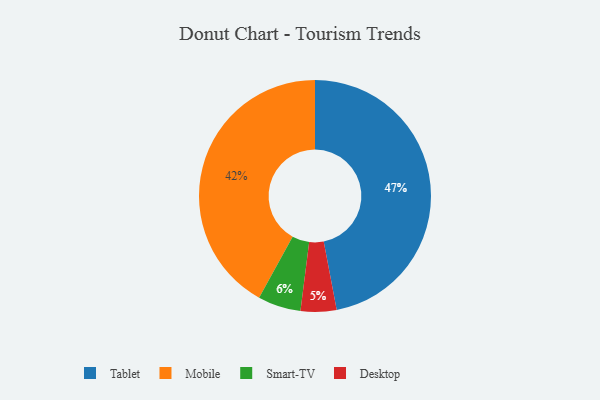
{"axis": {"x": "Category", "y": "Percentage"}, "legend": ["Desktop", "Mobile", "Smart-TV", "Tablet"], "data": [{"x": "Smart-TV", "y": 6, "type": "Smart-TV"}, {"x": "Tablet", "y": 47, "type": "Tablet"}, {"x": "Mobile", "y": 42, "type": "Mobile"}, {"x": "Desktop", "y": 5, "type": "Desktop"}]}